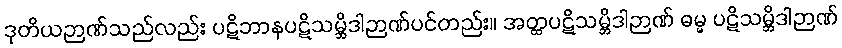
ဒုတိယဉာဏ်သည်လည်း ပဋိဘာနပဋိသမ္ဘိဒါဉာဏ်ပင်တည်း။ အတ္ထပဋိသမ္ဘိဒါဉာဏ် ဓမ္မ ပဋိသမ္ဘိဒါဉာဏ်